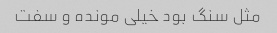
مثل سنگ بود خیلی مونده و سفت